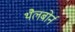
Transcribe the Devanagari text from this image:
थैलबोर्न